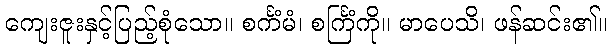
ကျေးဇူးနှင့်ပြည့်စုံသော။ စင်္ကံမံ၊ စင်္ကြံကို။ မာပေသိ၊ ဖန်ဆင်း၏။